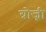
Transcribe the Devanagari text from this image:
ग्रोज्नी